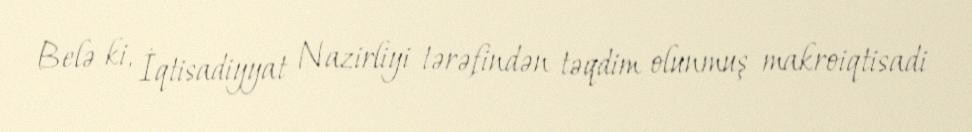
Belə ki, İqtisadiyyat Nazirliyi tərəfindən təqdim olunmuş makroiqtisadi